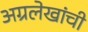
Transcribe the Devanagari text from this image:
अग्रलेखांची